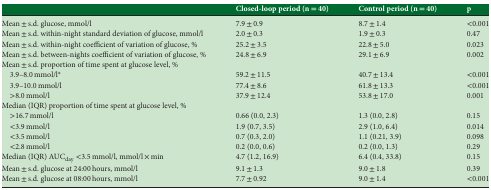
|  | Closed‐loop period (n = 40) | Control period (n = 40) | p |
 | --- | --- | --- | --- |
 | Mean ± s.d. glucose, mmol/l | 7.9 ± 0.9 | 8.7 ± 1.4 | <0.001 |
 | Mean ± s.d. within‐night standard deviation of glucose, mmol/l | 2.0 ± 0.3 | 1.9 ± 0.3 | 0.47 |
 | Mean ± s.d. within‐night coefficient of variation of glucose, % | 25.2 ± 3.5 | 22.8 ± 5.0 | 0.023 |
 | Mean ± s.d. between‐nights coefficient of variation of glucose, % | 24.8 ± 6.9 | 29.1 ± 6.9 | 0.002 |
 | <COLSPAN=4> Mean ± s.d. proportion of time spent at glucose level, % |
 | 3.9–8.0 mmol/l* | 59.2 ± 11.5 | 40.7 ± 13.4 | <0.001 |
 | 3.9–10.0 mmol/l | 77.4 ± 8.6 | 61.8 ± 13.3 | <0.001 |
 | >8.0 mmol/l | 37.9 ± 12.4 | 53.8 ± 17.0 | 0.001 |
 | <COLSPAN=4> Median (IQR) proportion of time spent at glucose level, % |
 | >16.7 mmol/l | 0.66 (0.0, 2.3) | 1.3 (0.0, 2.8) | 0.15 |
 | <3.9 mmol/l | 1.9 (0.7, 3.5) | 2.9 (1.0, 6.4) | 0.014 |
 | <3.5 mmol/l | 0.7 (0.3, 2.0) | 1.1 (0.21, 3.9) | 0.098 |
 | <2.8 mmol/l | 0.2 (0.0, 0.6) | 0.2 (0.0, 1.3) | 0.29 |
 | Median (IQR) AUCday <3.5 mmol/l, mmol/l × min | 4.7 (1.2, 16.9) | 6.4 (0.4, 33.8) | 0.15 |
 | Mean ± s.d. glucose at 24:00 hours, mmol/l | 9.1 ± 1.3 | 9.0 ± 1.8 | 0.39 |
 | Mean ± s.d. glucose at 08:00 hours, mmol/l | 7.7 ± 0.92 | 9.0 ± 1.4 | <0.001 |